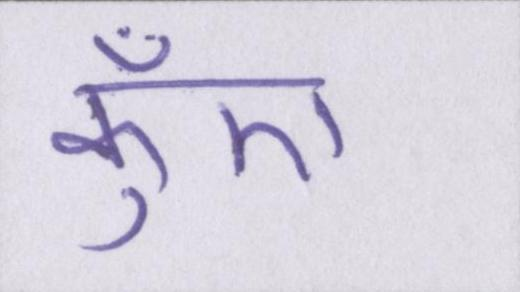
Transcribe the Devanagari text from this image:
कुँए